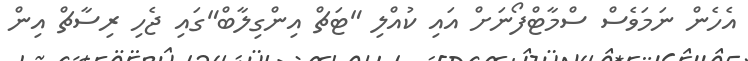
އެހެން ނަމަވެސް ސްމާޓްފޯނަށް އައި ކުއްލި "ޓަޗް އިންގިލާބް"ގައި ޖެހި ރިސާޗް އިން